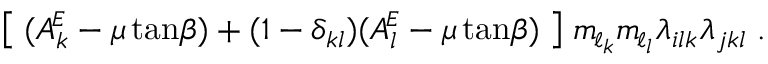
\big [ \; ( A _ { k } ^ { \! \scriptscriptstyle E } - \mu \tan \! { \beta } ) + ( 1 - \delta _ { k l } ) ( A _ { l } ^ { \! \scriptscriptstyle E } - \mu \tan \! { \beta } ) \; \big ] \; m _ { \! \scriptscriptstyle \ell _ { k } } m _ { \! \scriptscriptstyle \ell _ { l } } \lambda _ { i l k } \lambda _ { j k l } \; .